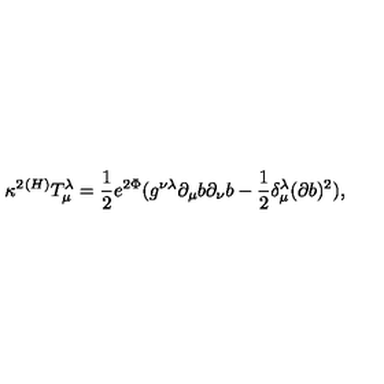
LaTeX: { \kappa } ^ { 2 } ^ { ( H ) } T _ { \mu } ^ { \lambda } = \frac 1 2 e ^ { 2 \Phi } ( g ^ { \nu \lambda } \partial _ { \mu } b \partial _ { \nu } b - \frac 1 2 \delta _ { \mu } ^ { \lambda } ( \partial b ) ^ { 2 } ) ,